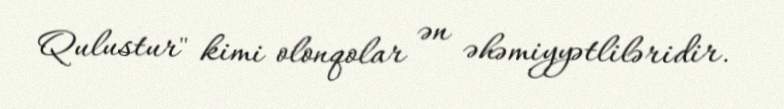
Qulustur" kimi olonqolar ən əhəmiyyətliləridir.